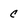
Character: c